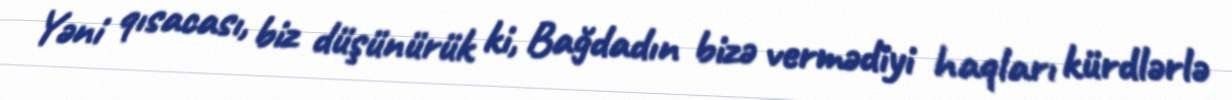
Yəni qısacası, biz düşünürük ki, Bağdadın bizə vermədiyi haqları kürdlərlə